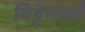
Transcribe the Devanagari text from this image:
विट्टेनबर्ग